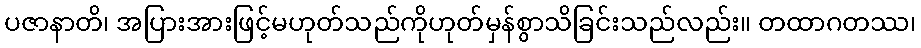
ပဇာနာတိ၊ အပြားအားဖြင့်မဟုတ်သည်ကိုဟုတ်မှန်စွာသိခြင်းသည်လည်း။ တထာဂတဿ၊